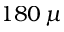
1 8 0 \, \mu